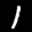
Label: 1